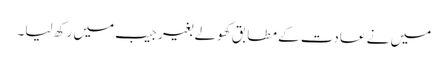
میں نے عادت کے مطابق کھولے بغیر جیب میں رکھ لیا۔